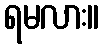
ရမလား။